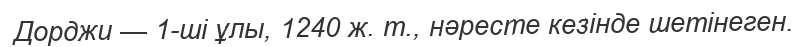
Дорджи — 1-ші ұлы, 1240 ж. т., нәресте кезінде шетінеген.